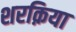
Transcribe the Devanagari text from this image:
शरक़िया